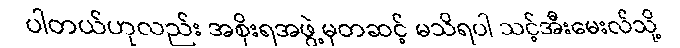
ပါတယ်ဟုလည်း အစိုးရအဖွဲ့မှတဆင့် မသိရပါ သင့်အီးမေးလ်သို့